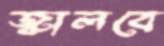
জ্বালবে